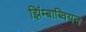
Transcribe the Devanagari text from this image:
झिंम्बाब्वियन